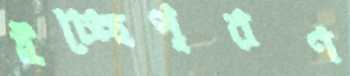
ইচ্ছেপূরণ